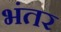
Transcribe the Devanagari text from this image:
भंतर